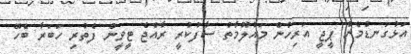
އަޅުގަނޑުމެން ޕީޖީ އަރިހުން މައުލޫމާތު ސާފުކުރީ ރާއްޖެ ޓީވީން ފެތުރި ހަބަރާ ބެހޭ